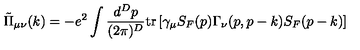
{ \tilde { \Pi } } _ { \mu \nu } ( k ) = - e ^ { 2 } \int \frac { d ^ { D } p } { ( 2 \pi ) ^ { D } } \mathrm { t r } \left[ \gamma _ { \mu } S _ { F } ( p ) \Gamma _ { \nu } ( p , p - k ) S _ { F } ( p - k ) \right]